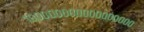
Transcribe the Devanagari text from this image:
१०००००००००००००००००